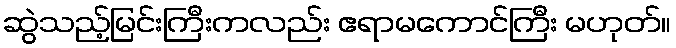
ဆွဲသည့်မြင်းကြီးကလည်း ဧရာမကောင်ကြီး မဟုတ်။